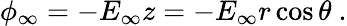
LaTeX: \phi_{\infty}=-E_{\infty}z=-E_{\infty}r\cos\theta\ .